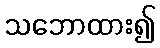
သဘောထား၍